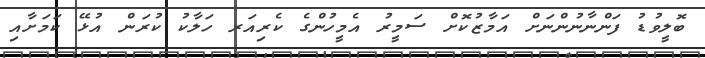
ބޮލީވުޑު ފަންނާނުންނަށް އަމާޒުކޮށް ސަމީރު އެމީހުންގެ ކެރިއަރ ހަލާކު ކުރަން އުޅޭ ކަމަށާއި